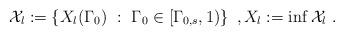
LaTeX: \begin{align*}\mathcal{X}_l := \left\{ X_l(\Gamma_0)\ :\ \Gamma_0 \in [\Gamma_{0,s},1) \right\}\ , X_l := \inf \mathcal{X}_l \ . \end{align*}